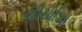
લીયોડિસ